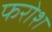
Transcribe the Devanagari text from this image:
फरोश